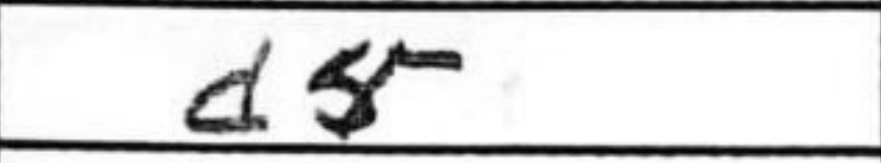
Transcription: d5